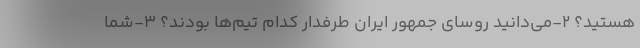
هستید؟ 2-می‌دانید روسای جمهور ایران طرفدار کدام تیم‌ها بودند؟ 3-شما